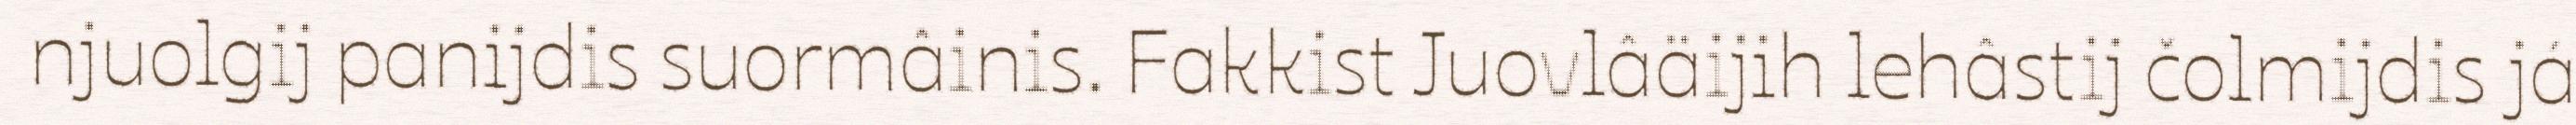
njuolgij panijdis suormâinis. Fakkist Juovlâäijih lehâstij čolmijdis já